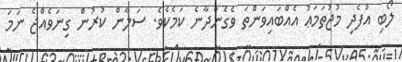
ލޯބި އުފެދި މުޖުތަމަޢު އެއްބައިވަންތަ ވެގެންދާނެ ކަމެކެވެ. ސަލާން ކުރުން ގިނަވެއްޖެ ނަމަ